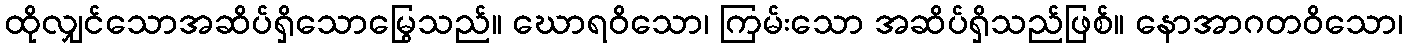
ထိုလျှင်သောအဆိပ်ရှိသောမြွေသည်။ ဃောရဝိသော၊ ကြမ်းသော အဆိပ်ရှိသည်ဖြစ်။ နောအာဂတဝိသော၊